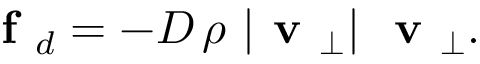
\textbf { f } _ { d } = - D \, \rho \ | \textbf { v } _ { \perp } | \ \textbf { v } _ { \perp } .